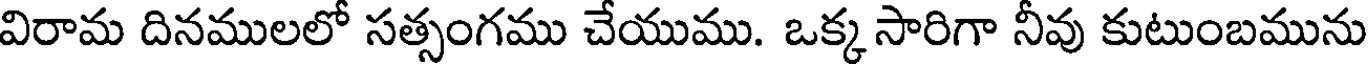
విరామ దినములలో సత్సంగము చేయుము. ఒక్క సారిగా నీవు కుటుంబమును